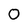
Character: O